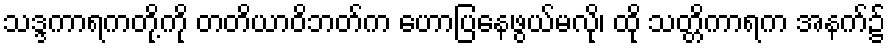
သဒ္ဒကာရကတို့ကို တတိယာဝိဘတ်က ဟောပြနေဖွယ်မလို၊ ထို သတ္တိကာရက အနက်၌